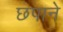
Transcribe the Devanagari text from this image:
छपाने